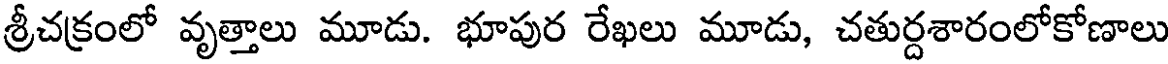
శ్రీచక్రంలో వృత్తాలు మూడు. భూపుర రేఖలు మూడు, చతుర్దశారంలోకోణాలు